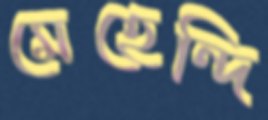
মেহেন্দি